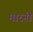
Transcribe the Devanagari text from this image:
मारनी